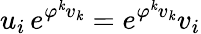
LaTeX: u_{i}\, e^{\varphi^{\mathit{k}}v_{\mathit{k}}}=e^{\varphi^{\mathit{k}}v_{\mathit{k}}}v_{i}